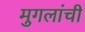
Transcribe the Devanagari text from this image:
मुगलांची